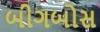
બીગબોસ